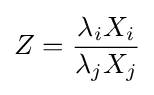
Z={\frac {\lambda _{i}X_{i}}{\lambda _{j}X_{j}}}